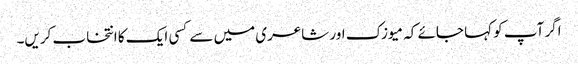
اگر آپ کو کہا جائے کہ میوزک اور شاعری میں سے کسی ایک کا انتخاب کریں۔